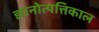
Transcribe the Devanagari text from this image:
ज्ञानोत्पत्तिकाल